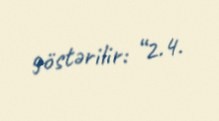
göstərilir: “2.4.